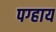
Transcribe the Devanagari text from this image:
पग्हाय